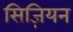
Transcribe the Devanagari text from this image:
सिज़ियन